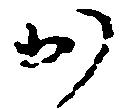
か